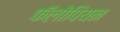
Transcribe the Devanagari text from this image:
फॅलोपियन